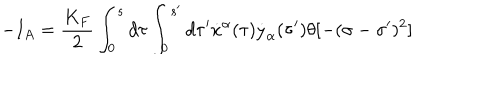
- I _ { A } = \frac { K _ { F } } { 2 } \int _ { 0 } ^ { s } d \tau \int _ { 0 } ^ { s ^ { \prime } } d \tau ^ { \prime } \dot { x } ^ { \alpha } ( \tau ) \dot { y } _ { \alpha } ( \tau ^ { \prime } ) \theta [ - ( \sigma - \sigma ^ { \prime } ) ^ { 2 } ]